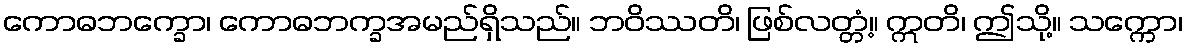
ကောဓဘက္ခော၊ ကောဓဘက္ခအမည်ရှိသည်။ ဘဝိဿတိ၊ ဖြစ်လတ္တံ့။ ဣတိ၊ ဤသို့။ သက္ကော၊